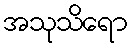
အသုသိရော